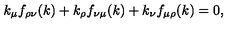
k _ { \mu } f _ { \rho \nu } ( k ) + k _ { \rho } f _ { \nu \mu } ( k ) + k _ { \nu } f _ { \mu \rho } ( k ) = 0 ,